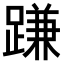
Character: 𨃰